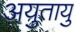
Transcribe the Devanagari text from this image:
अयुतायु